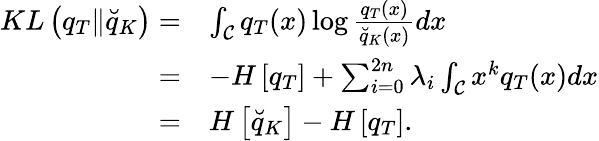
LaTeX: \begin{array}{rl}{KL\left(q_{T}\| \breve{q}_{K}\right)=}&{\int_{\mathcal{\mathcal{C}}}q_{T}(x)\log\frac{q_{T}(x)}{\breve{q}_{K}(x)}dx}\\ {=}&{-H\left[q_{T}\right]+\sum_{i=0}^{2n}\lambda_{i}\int_{\mathcal{C}}x^{k}q_{T}(x)dx}\\ {=}&{H\left[\breve{q}_{K}\right]-H\left[q_{T}\right].}\end{array}